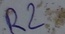
Text: R2